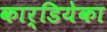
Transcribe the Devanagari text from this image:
कार्डियेका